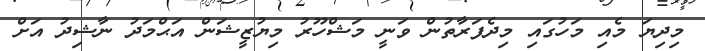
މިދިޔަ މެއި މަހުގައި މިދެފަރާތުން ވަނީ މަޝްހޫރު މިޔުޒީޝަން އަޙްމަދު ނާޝިދު އަށް